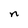
Character: n